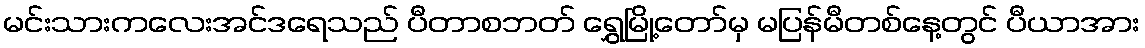
မင်းသားကလေးအင်ဒရေသည် ပီတာစဘတ် ရွှေမြို့တော်မှ မပြန်မီတစ်နေ့တွင် ပီယာအား